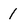
Character: I